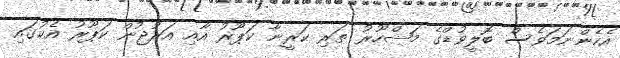
އެހެންނަމަވެސް ބޮލީވުޑްގެ މަޝްހޫރު ތަރި ކަރީނާ ކަޕޫރު އާއި އަރުޖުން ކަޕޫރު އެކުގައި